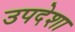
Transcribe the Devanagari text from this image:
उपदेशा